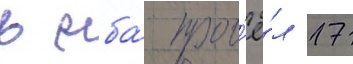
в нба́ пров'ё́л 17